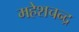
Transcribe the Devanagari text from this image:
महेशचन्द्र